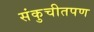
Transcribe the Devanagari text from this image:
संकुचीतपण